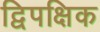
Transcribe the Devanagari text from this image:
द्विपक्षिक